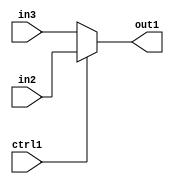
`timescale 1ps / 1ps
/*****************************************************************************
    Verilog RTL Description
    
    
    Created by: Stratus DpOpt 21.05.01 
*******************************************************************************/

module SobelFilter_N_Mux_10_2_1_4 (
	in3,
	in2,
	ctrl1,
	out1
	); /* architecture "behavioural" */ 
input [9:0] in3,
	in2;
input  ctrl1;
output [9:0] out1;
wire [9:0] asc001;

reg [9:0] asc001_tmp_0;
assign asc001 = asc001_tmp_0;
always @ (ctrl1 or in2 or in3) begin
	case (ctrl1)
		1'B1 : asc001_tmp_0 = in2 ;
		default : asc001_tmp_0 = in3 ;
	endcase
end

assign out1 = asc001;
endmodule

/* CADENCE  uLb1TA4= : u9/ySxbfrwZIxEzHVQQV8Q== ** DO NOT EDIT THIS LINE ******/